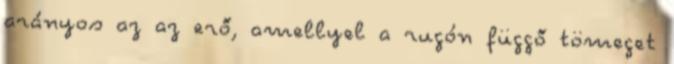
arányos az az erő, amellyel a rugón függő tömeget